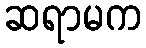
ဆရာမက